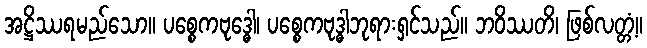
အဋ္ဌိဿရမည်သော။ ပစ္စေကဗုဒ္ဓေါ၊ ပစ္စေကဗုဒ္ဓါဘုရားရှင်သည်။ ဘဝိဿတိ၊ ဖြစ်လတ္တံ့။